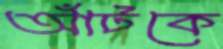
আঁটকে